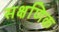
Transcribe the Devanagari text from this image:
सक्षणिक